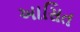
આસિત